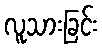
လူသားခြင်း